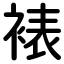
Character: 裱